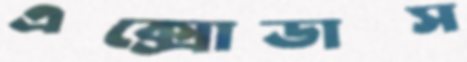
এক্সোডাস